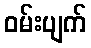
ဝမ်းပျက်